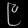
Digit: ၉